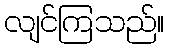
လျင်ကြသည်။